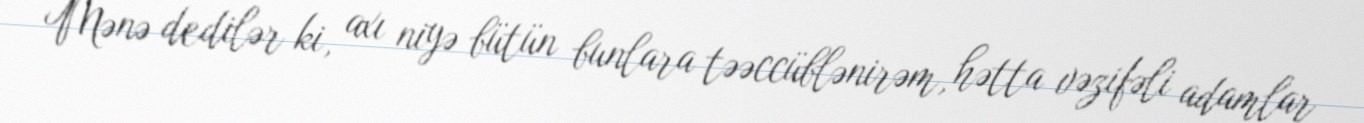
Mənə dedilər ki, axı niyə bütün bunlara təəccüblənirəm, hətta vəzifəli adamlar